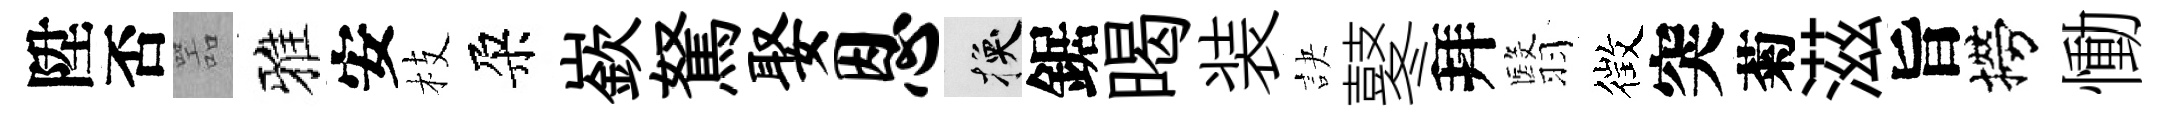
陞否噐雅安枝朶嶔駑娶恩换鋸暍装訣鼕拜翳徴突菊滋旨撈慟